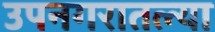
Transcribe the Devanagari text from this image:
उपनगरातल्या